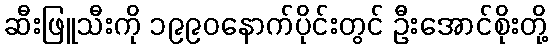
ဆီးဖြူသီးကို ၁၉၉၀နောက်ပိုင်းတွင် ဦးအောင်စိုးတို့